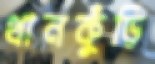
থানকুঁড়ি